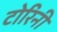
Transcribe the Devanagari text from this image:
टोरिनी